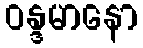
ဝန္ဒမာနော